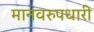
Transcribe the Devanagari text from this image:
मानवरुपधारी